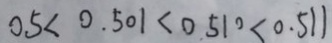
0 . 5 < 0 . 5 0 1 < 0 . 5 1 0 < 0 . 5 1 1